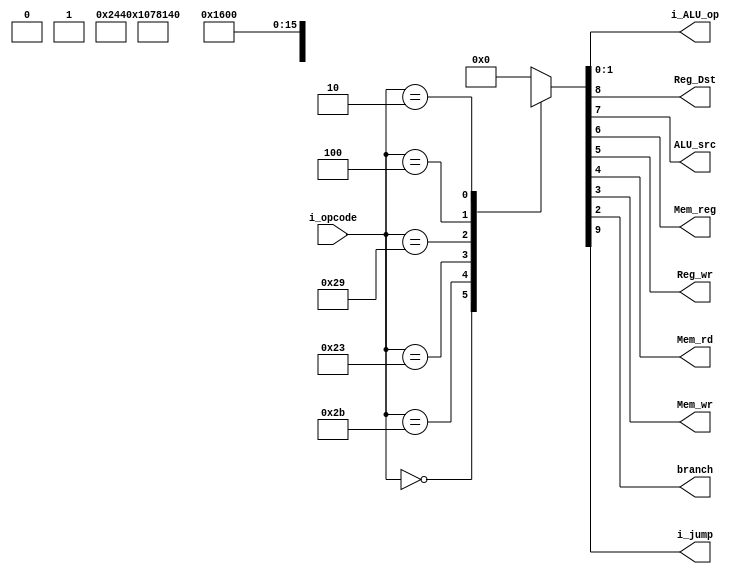
`timescale 1ns / 1ps
//////////////////////////////////////////////////////////////////////////////////
// Company: 
// Engineer: 
// 
// Design Name: 
// Module Name: Instruction_decoder
// Project Name: 
// Target Devices: 
// Tool Versions: 
// Description: 
// 
// Dependencies: 
// 
// Revision:
// Revision 0.01 - File Created
// Additional Comments:
// 
//////////////////////////////////////////////////////////////////////////////////

`define OPCODE_WIDTH 6
`define ALU_OP_WIDTH 2
`define WIDTH_CONTROL 10
module Instruction_decoder(
 i_opcode, 
 i_ALU_op, 
 Reg_Dst,
 ALU_src, 
 Mem_reg, 
 Reg_wr, 
 Mem_rd,
 Mem_wr,
 branch , 
 i_jump
 );
 
 
 input [`OPCODE_WIDTH-1:0] i_opcode ;
 output [`ALU_OP_WIDTH-1:0] i_ALU_op ;
 output Reg_Dst ;
 output ALU_src;
 output Mem_reg ;
 output Reg_wr;
 output Mem_rd ;
 output Mem_wr ;
 output branch ;
 output i_jump ;
 
 
 reg [`WIDTH_CONTROL-1:0] CV ;   //control vector ///
 //assigning control vector to outputs//
 assign i_jump   = CV[9];
 assign Reg_Dst  = CV[8];
 assign ALU_src  = CV[7];
 assign Mem_reg  = CV[6];
 assign Reg_wr   = CV[5];
 assign Mem_rd   = CV[4];
 assign Mem_wr   = CV[3];
 assign branch   = CV[2];
 assign i_ALU_op = CV[1:0]; 
 
 ///instrcutions ---to execute///
 parameter R_TYPE = 6'b000000,            ///Arithmetic , branch operations //
           Store  = 6'b101011,           //store word to memory
           load   = 6'b100011,          //load word to Reg_file//
           add_i  = 6'b101001,         ///add immediate//
           beq    = 6'b000100,       ///branch  equal
           jump   = 6'b000010;       ///jump ///        
always @(*)
    begin
       case (i_opcode)
       R_TYPE : CV = 10'b010010_0010; ///[{Reg_Dst , Reg_wr , i_AlU_op[1] }= 1 , rest are assigned  0]
       Store  : CV = 10'b0x1x00_1000; ///[{ALU_src , Mem_wr = 1} , rest are assigned 0 except Reg_Dst = 1'bx ]    
       load   : CV = 10'b001111_0000; //[{ALU_Src, Mem_reg ,Reg_wr , Mem_rd = 1} , rest are assigned  0]
       add_i  : CV = 10'b001010_0000;  ///[{ALU_src , Reg_wr = 1}, rest are assigned 0]   
       beq    : CV = 10'b0x0x00_0101;  ///[{branch , i_AlU_op[0] = 1} , rest are assigned  0] 
       jump   : CV = 10'b100000_0000; ///[{i_jump =1} rest all are assigned 0]
       default : CV = 9'b00000_0000;
       endcase
    end    
endmodule